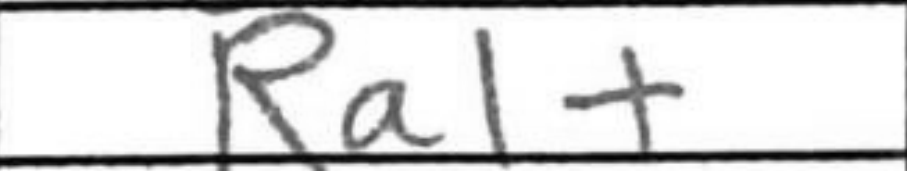
Transcription: Ra1+